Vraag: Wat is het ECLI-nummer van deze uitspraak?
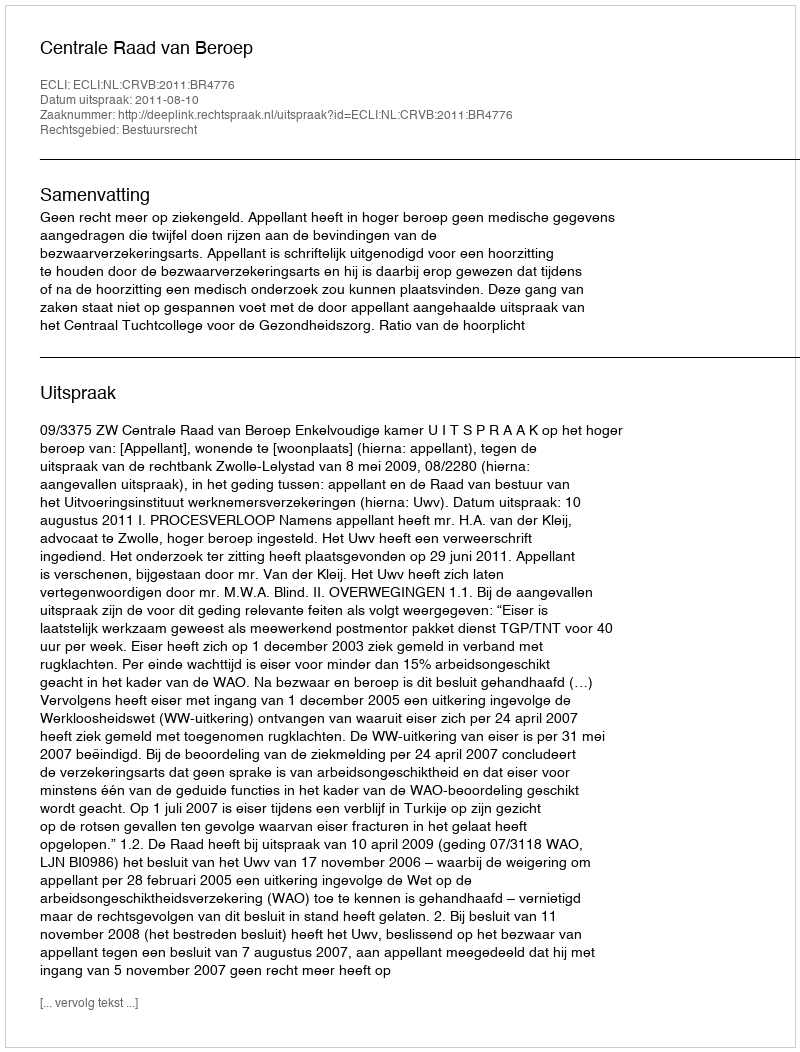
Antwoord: ECLI:NL:CRVB:2011:BR4776